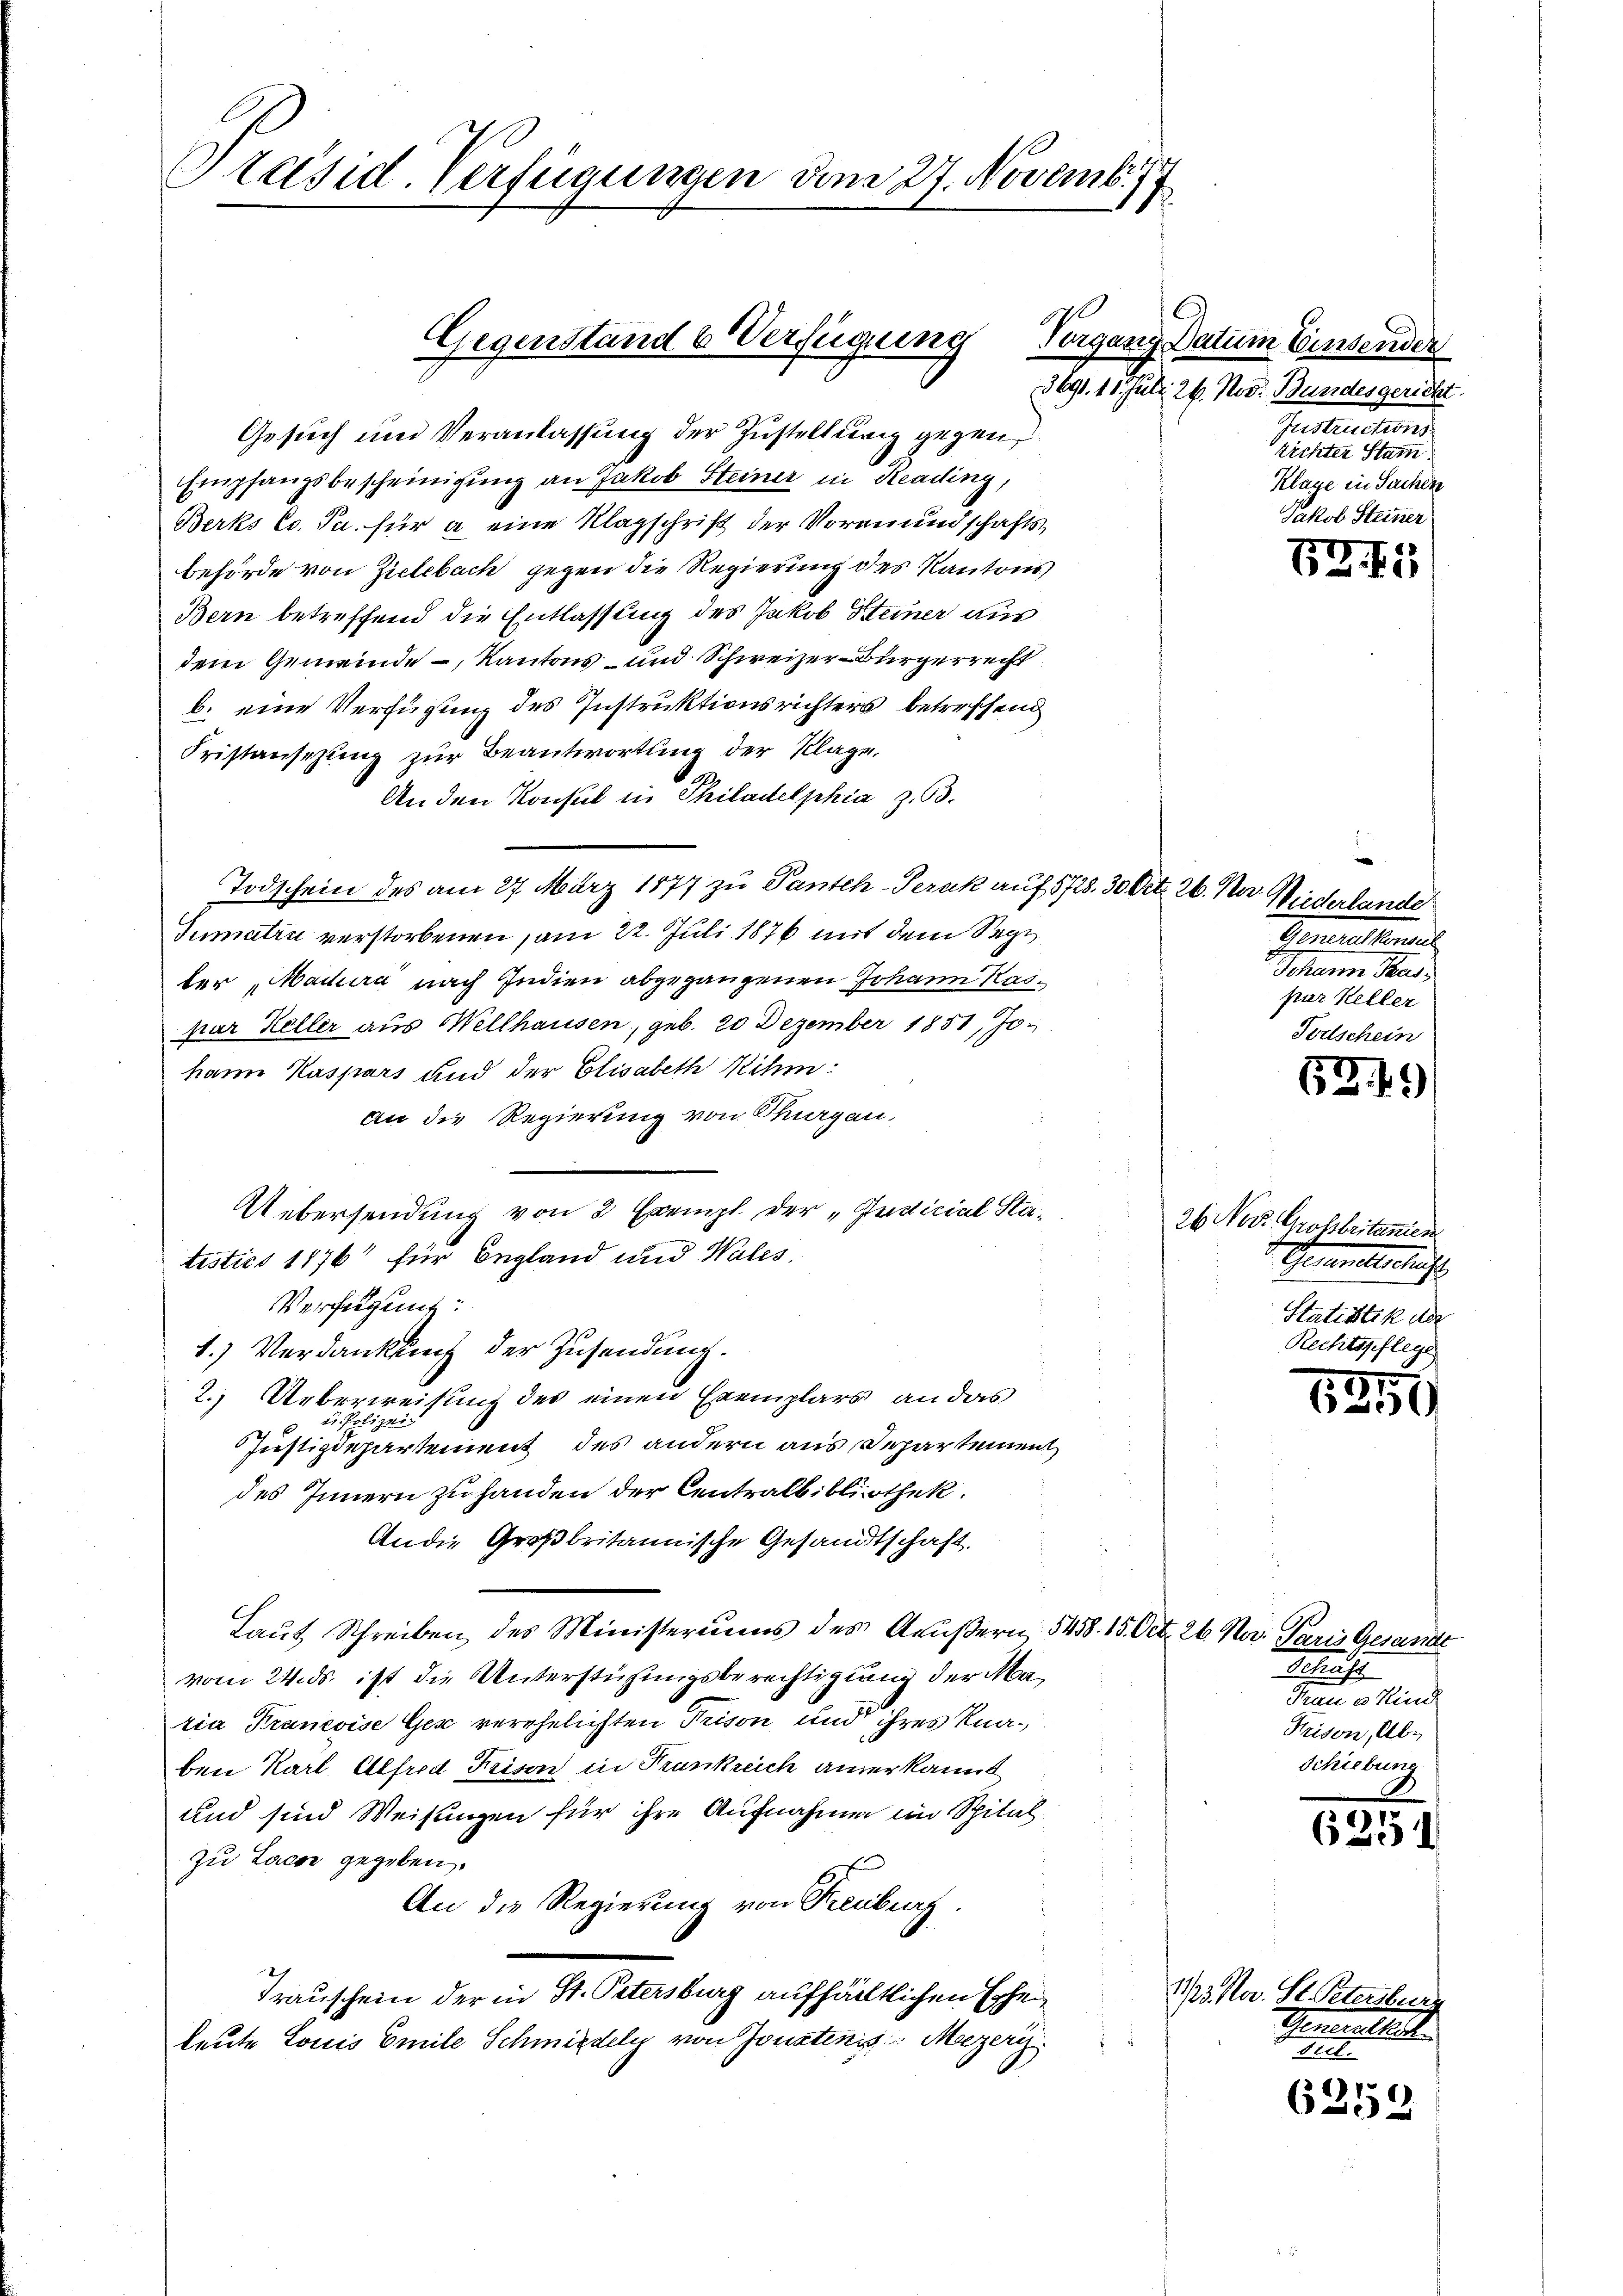
Präsid. Verfügungen den 27. Novemb. 17

Gesuch und Veranlassung der Zustellung gegen,
Empfangsbescheinigung an Jakob Steiner in Reading,
Berks Co. Pa. für a eine Klagschrift der Vormundschafts¬
Behörde von Zielebach gegen die Regierung des Kantons
Bern betreffend die Entlassung des Jakob Steiner aus
dem Gemeinde –, Kantons- und Schweizer-Bürgerrecht
b. eine Verfügung des Instruktionsrichters betreffend
Fristansezung zur Beantwortung der Klage,
An den Konsul in Philadelphia Z. 63.
Todschein des am 27. März 1877 zu Pantch-Peruk auf 5728. 30 Art. 26. Nur Niederlande
Sumatin verstorbenen am 22. Juli 1876 mit dem Septer, Maduira nach Indien abgegangenen Johann Kaspar Heller aus Wellhausen, geb. 20 Dezember 1851, Johann Kaspars und der Elisabeth ihm
an die Regierung von Tagen.
Uebersendung von 2 Exempl. der „Indicial Statisties 1876 für Begland und Wales.
Verfügung:
1.) Verdankung der Zusendung.
2. Ueberweisung des einen Exemplars an das
 er Polize
Justizdepartement des andern aus Departement
des Innern zu handen der Centralbibliothek.
An die Großbritannische Gesandtschaft.
Laut Schreiben des Ministeriums des Außern 5458. 15. Oct. 26. Mar. Paris Gesandt
vom 24. ds. ist die Unterstüzungsberechtigung der Maria Kranevise Ger verehelichten Prison und ihres Knaben Karl Alfred Frisen in Trankreich anerkannt
und sind Weisungen für ihre Aufnahmen im Spitalzu Lache gegeben.
An die Regierung von Treuburg.
Trauschein der in St. Petersburg aufhältlichen Erhe
leute Louis Emile Schmiedely von Jonatinis: Mazeris

170
Gegenstand b Verfügung

Vorgang Datum Einsender
3691. 11. Juli 26. Nov. Bundesgericht.
Instructions
zichter Stamm
Klage in Sachen
Jakob Steiner

e
Genauestern
Schann Bas
pur Keller
Fortschein

26 Nov. Grossbritanien.
Gemmeltersucht.
Statistik der
Rechtspflege

Schaf
Tanne er Kind
Prison, Ab-
Schiebung

1/3. Nov. St. Petersburg
Gemeistlich
e

BZ 11

63. 49

1350

6251

6259